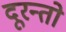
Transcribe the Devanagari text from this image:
दूरन्तो